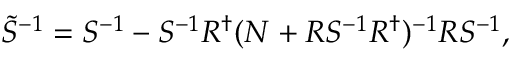
\tilde { S } ^ { - 1 } = S ^ { - 1 } - S ^ { - 1 } R ^ { \dagger } ( N + R S ^ { - 1 } R ^ { \dagger } ) ^ { - 1 } R S ^ { - 1 } ,